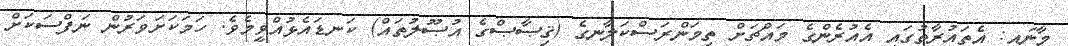
މާނައީ: އެތައުރާތުގައި އެއުރެންގެ މައްޗަށް ތިމަންރަސްކަލާނގެ (ޤިޞާޞްގެ އުޞޫލުތައް) ކަނޑައެޅުއްވީމެވެ. ހަމަކަށަވަރުން ނަފްސަކަށް